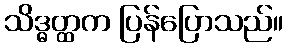
သိဒ္ဓတ္ထက ပြန်ပြောသည်။